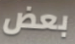
بعض